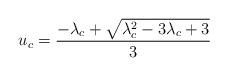
LaTeX: \begin{align*}u_c=\frac{-\lambda_c+\sqrt{\lambda_c^2-3\lambda_c+3}}{3}\end{align*}